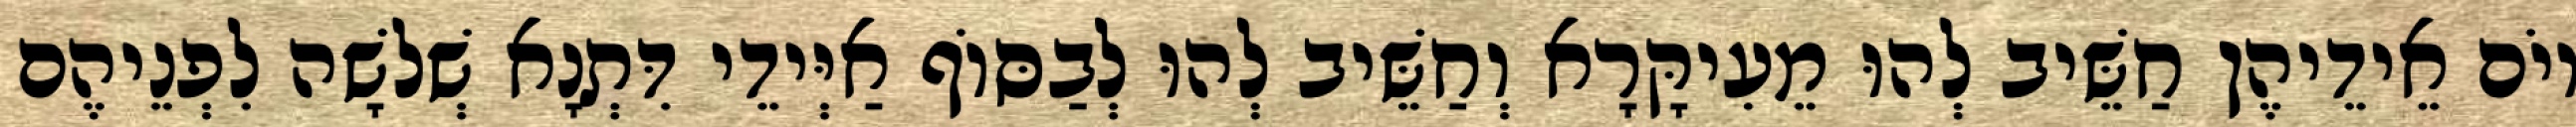
יוֹם אֵידֵיהֶן חַשֵּׁיב לְהוּ מֵעִיקָּרָא וְחַשֵּׁיב לְהוּ לְבַסּוֹף אַיְּידֵי דִּתְנָא שְׁלֹשָׁה לִפְנֵיהֶם